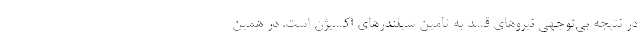
در نتیجه بی‌توجهی نیروهای قسد به تامین سیلندرهای اکسیژن است. در همین